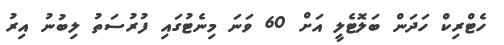
ހެޓްރިކް ހަދަން ބަލޮޓެލީ އަށް 60 ވަނަ މިނެޓުގައި ފުރުސަތު ލިބުނު އިރު